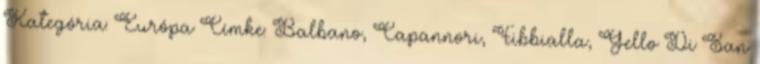
Kategória: Európa Címke: Balbano, Capannori, Fibbialla, Gello Di San